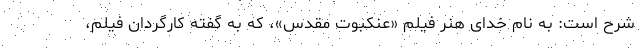
شرح است: به نام خدای هنر فیلم «عنکبوت مقدس»، که به گفته کارگردان فیلم،